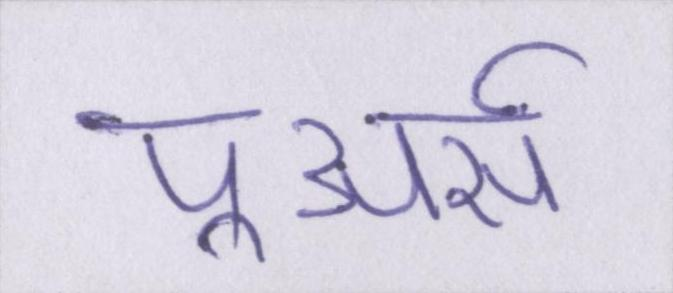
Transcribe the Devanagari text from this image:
पूअर्स